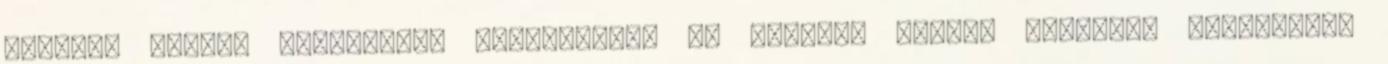
mennyit tudhat Hinariról? Információk az adatlap alján. Figyelem Amennyiben